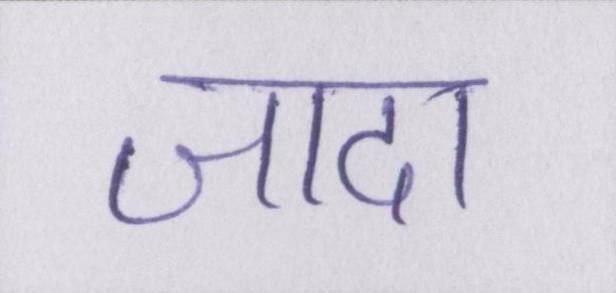
जादा